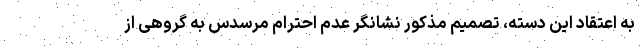
به اعتقاد این دسته، تصمیم مذکور نشانگر عدم احترام مرسدس به گروهی از